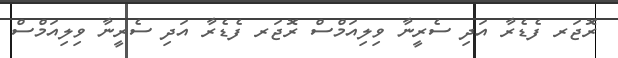
ރޮޖަރ ފެޑެރާ އަދި ސެރީނާ ވިލިއަމްސް ރޮޖަރ ފެޑެރާ އަދި ސެރީނާ ވިލިއަމްސް